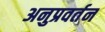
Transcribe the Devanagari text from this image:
अनुप्रवर्तन